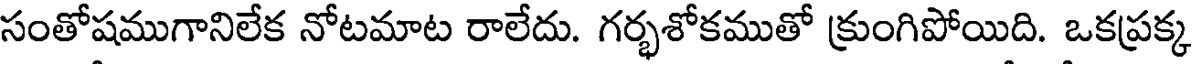
సంతోషముగానిలేక నోటమాట రాలేదు. గర్భశోకముతో క్రుంగిపోయిది. ఒకప్రక్క